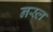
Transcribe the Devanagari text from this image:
नस्‍ल